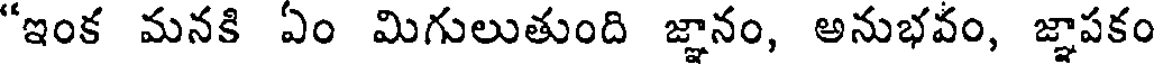
"ఇంక మనకి ఏం మిగులుతుంది జ్ఞానం, అనుభవం, జ్ఞాపకం